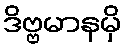
ဒိဗ္ဗမာနမှိ